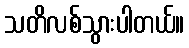
သတိလစ်သွားပါတယ်။